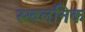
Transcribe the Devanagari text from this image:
स्खलनिक